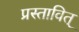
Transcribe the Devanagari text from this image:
प्रस्तावित्